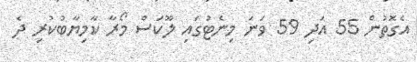
އެގޮތުން 55 އަދި 59 ވަނަ މިނެޓުގައި ލޫކަސް މޯރާ ކާމިޔާބުކުރި ދެ